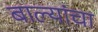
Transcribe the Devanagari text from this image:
बाल्यांचा